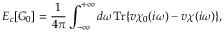
E _ { c } [ G _ { 0 } ] = \frac { 1 } { 4 \pi } \int _ { - \infty } ^ { + \infty } d \omega \mathrm { T r } \{ v \chi _ { 0 } ( i \omega ) - v \chi ( i \omega ) \} ,